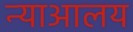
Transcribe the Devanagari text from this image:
न्याआलय